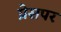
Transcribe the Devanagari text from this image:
प्रेसपर